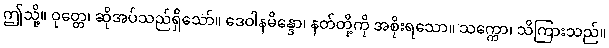
ဤသို့။ ဝုတ္တေ၊ ဆိုအပ်သည်ရှိသော်။ ဒေဝါနမိန္ဒော၊ နတ်တို့ကို အစိုးရသော။ သက္ကော၊ သိကြားသည်။